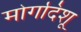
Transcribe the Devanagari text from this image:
मोगदिशू